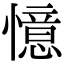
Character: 憶